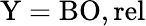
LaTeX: \mathrm{Y}=\mathrm{BO},\mathrm{rel}